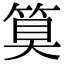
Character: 𮅕